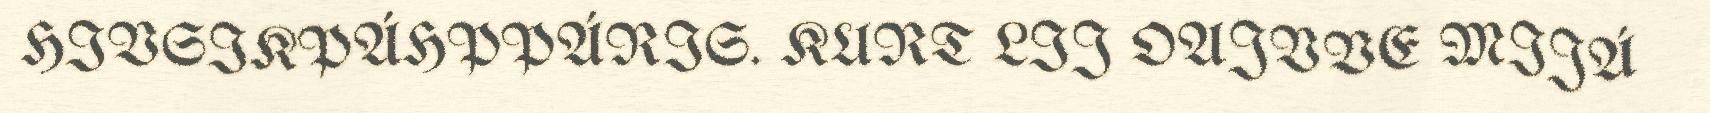
HIVSIKPÁHPPÁRIS. KURT LIJ OAJVVE MIJÁ